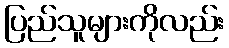
ပြည်သူများကိုလည်း